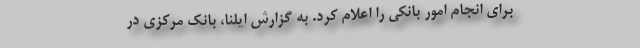
برای انجام امور بانکی را اعلام کرد. به گزارش ایلنا، بانک مرکزی در